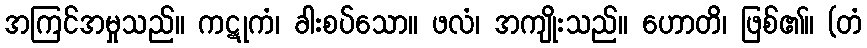
အကြင်အမှုသည်။ ကဋုကံ၊ ခါးစပ်သော။ ဖလံ၊ အကျိုးသည်။ ဟောတိ၊ ဖြစ်၏။ (တံ